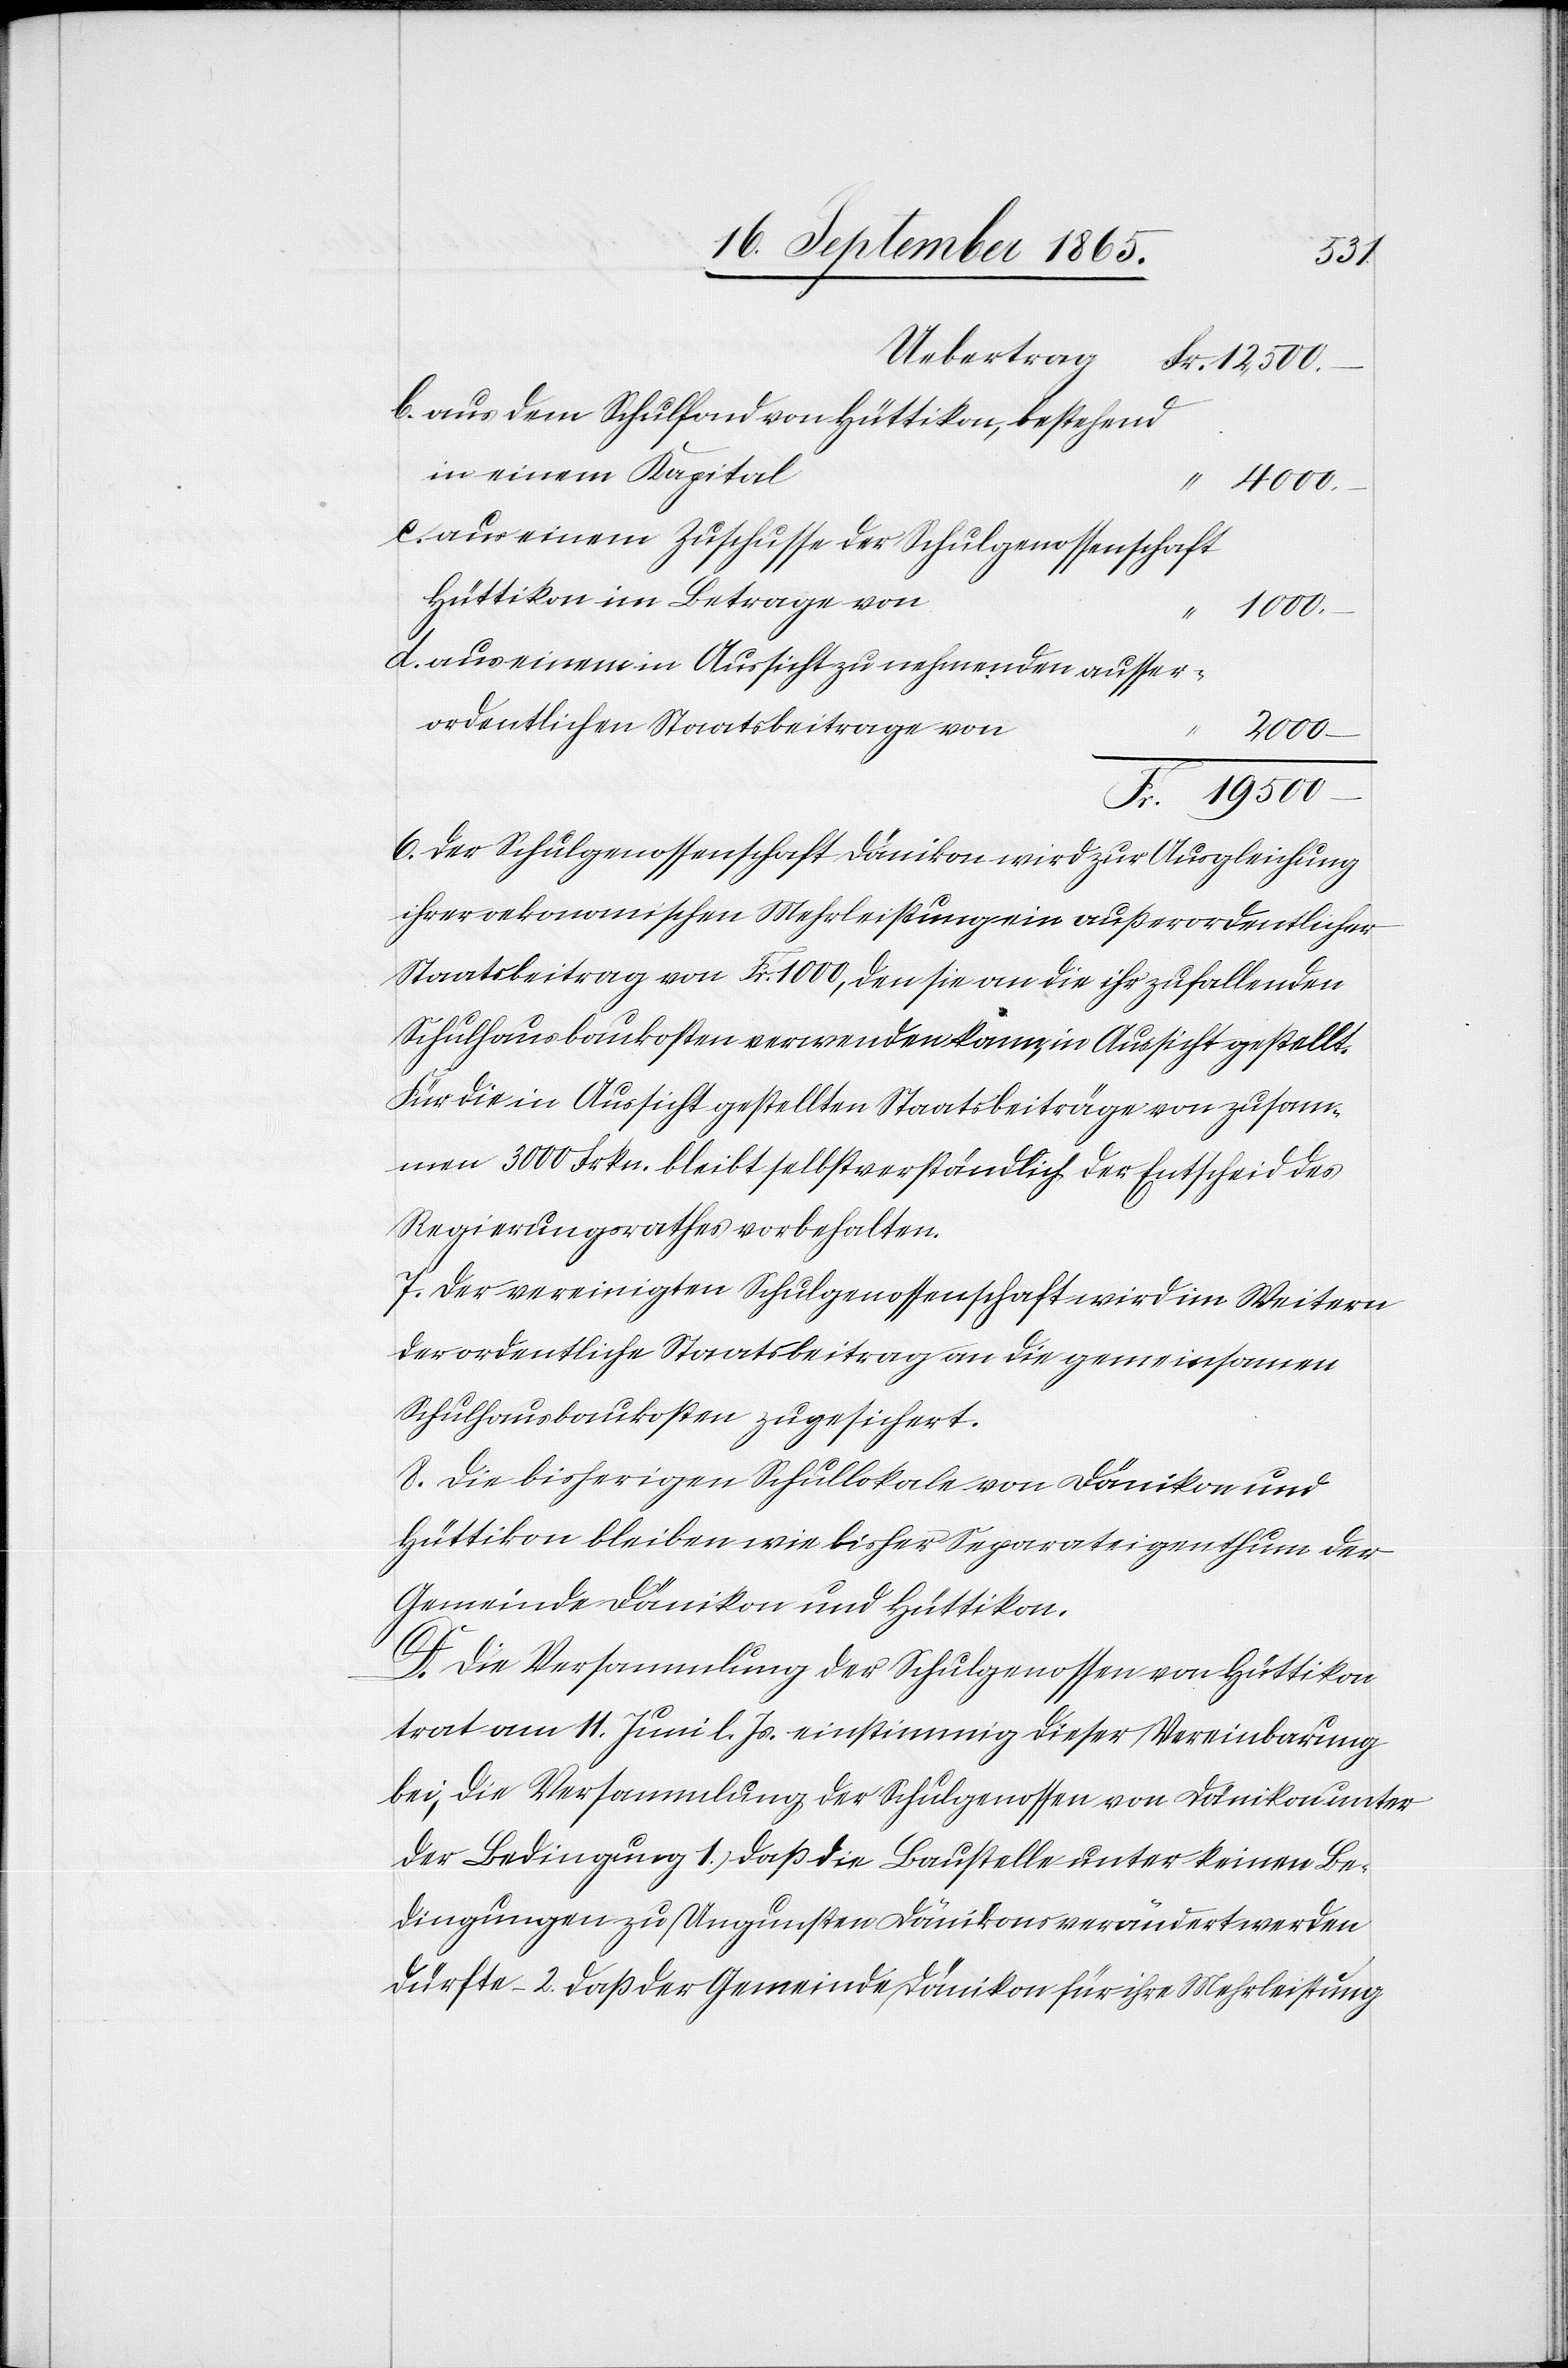
500
Uebertrag
aus dem Schulfond von Hüttikon, bestehend
in einem Kapital
4000
aus einem Zuschusse der Schulgenossenschaft
Hüttikon im Betrage von
1000
d.
aus einem in Aussicht zu nehmenden ausser¬
ordentlichen Staatsbeitrage von
2000
6. Der Schulgenossenschaft Dänikon wird zur Ausgleichung
ihrer oekonomischen Mehrleistung ein außerordentlicher
Staatsbeitrag von Fr. 1000, den sie an die ihr zufallenden
Schulhausbaukosten verwenden kann, in Aussicht gestellt.
Für die in Aussicht gestellten Staatsbeiträge von zusam¬
men 3000 Frkn. bleibt selbstverständlich der Entscheid des
Regierungsrathes vorbehalten.
7. Der vereinigten Schulgenossenschaft wird im Weitern
der ordentliche Staatsbeitrag an die gemeinsamen
Schulhausbaukosten zugesichert.
8. Die bisherigen Schullokale von Dänikon und
Hüttikon bleiben wie bisher Separateigenthum der
Gemeinde Dänikon und Hüttikon.
D. Die Versammlung der Schulgenossen von Hüttikon
trat am 11. Juni l. Js. einstimmig dieser Vereinbarung
bei, die Versammlung der Schulgenossen von Dänikon unter
der Bedingung 1. daß die Baustelle unter keinen Be¬
dingungen zu Ungunsten Dänikons verändert werden
dürfte. 2. daß der Gemeinde Dänikon für ihre Mehrleistung